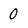
Character: 0